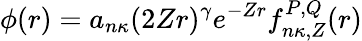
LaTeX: \phi(r)=a_{n\kappa}(2Zr)^{\gamma}e^{-Zr}f_{n\kappa,Z}^{P,Q}(r)